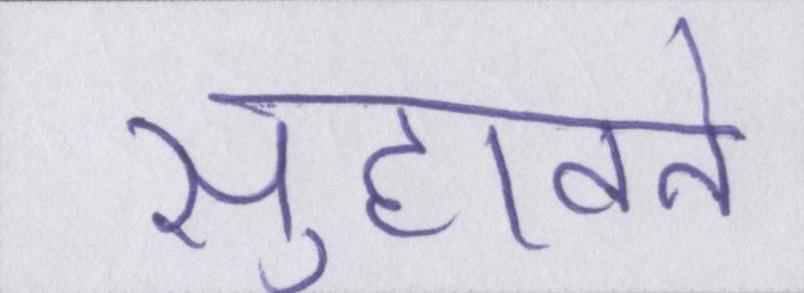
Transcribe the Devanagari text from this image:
सुहावने